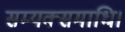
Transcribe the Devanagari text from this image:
सम्यक्समाधि।